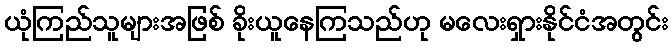
ယုံကြည်သူများအဖြစ် ခိုးယူနေကြသည်ဟု မလေးရှားနိုင်ငံအတွင်း